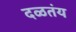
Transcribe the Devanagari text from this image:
दळतंय